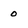
Character: O